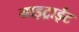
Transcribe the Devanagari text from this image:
नाइट्राईट